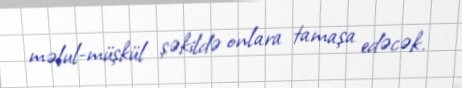
məlul-müşkül şəkildə onlara tamaşa edəcək.